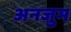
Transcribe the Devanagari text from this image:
अनजुम